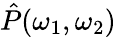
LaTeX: \hat{P}(\omega_{1},\omega_{2})